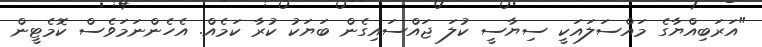
"އަރަބިއްޔާގެ މައްސަލައަކީ ސިޔާސީ ކުލަ ޖައްސައިގެން ބަޔަކު ކުރާ ކަމެއް. އެހެންނަމަވެސް ކޮމެޓީން